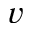
\boldsymbol { v }